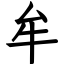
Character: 牟